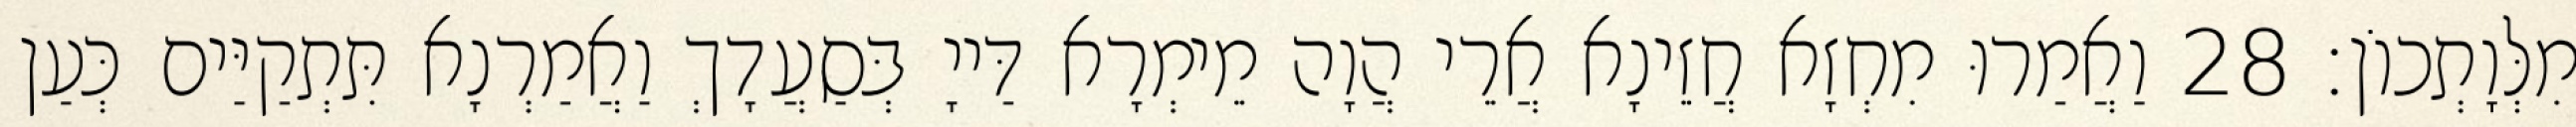
מִלְּוָתְכוֹן׃ 28 וַאֲמַרוּ מִחְזָא חֲזֵינָא אֲרֵי הֲוָה מֵימְרָא דַּייָ בְּסַעֲדָךְ וַאֲמַרְנָא תִּתְקַיַּים כְּעַן